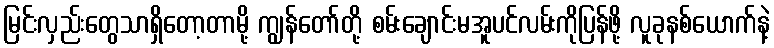
မြင်းလှည်းတွေသာရှိတော့တာမို့ ကျွန်တော်တို့ စမ်းချောင်းမအူပင်လမ်းကိုပြန်ဖို့ လူခုနစ်ယောက်နဲ့